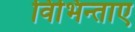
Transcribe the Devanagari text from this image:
विभिन्ताए